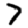
Digit: 7